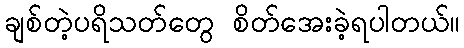
ချစ်တဲ့ပရိသတ်တွေ စိတ်အေးခဲ့ရပါတယ်။